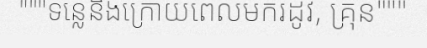
"""ទន្លេនិងក្រោយពេលមករដូវ, គ្រុន"""